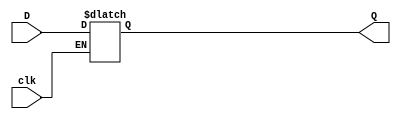
`timescale 1ns / 1ps
//////////////////////////////////////////////////////////////////////////////////
// Company: 
// Engineer: 
// 
// Design Name: 
// Module Name: D_Latch
// Project Name: 
// Target Devices: 
// Tool Versions: 
// Description: 
// 
// Dependencies: 
// 
// Revision:
// Revision 0.01 - File Created
// Additional Comments:
// 
//////////////////////////////////////////////////////////////////////////////////


module D_Latch(
        input D,
        input clk,
        output reg Q
    );
    
    always @(D,clk)
    begin
    if(clk)
    Q=D;
    else
    Q=Q;
    end
    
endmodule